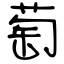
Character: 萄